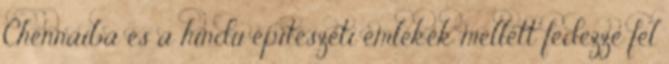
Chennaiba és a hindu építészeti emlékek mellett fedezze fel